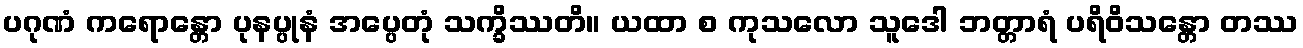
ပဂုဏံ ကရောန္တော ပုနပ္ပုနံ အပ္ပေတုံ သက္ခိဿတိ။ ယထာ စ ကုသလော သူဒေါ ဘတ္တာရံ ပရိဝိသန္တော တဿ